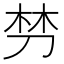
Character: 𭃩